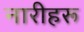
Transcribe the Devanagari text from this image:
नारीहरू